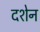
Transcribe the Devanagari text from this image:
दशेन